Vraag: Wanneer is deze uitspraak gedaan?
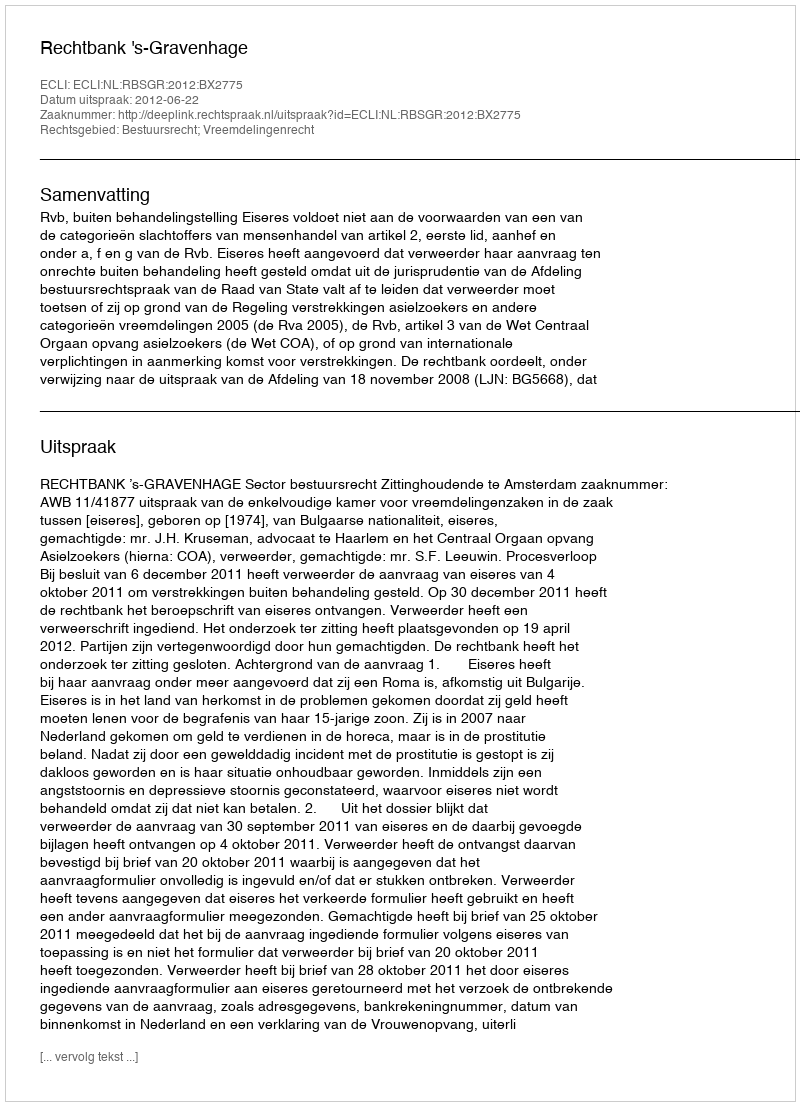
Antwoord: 2012-06-22